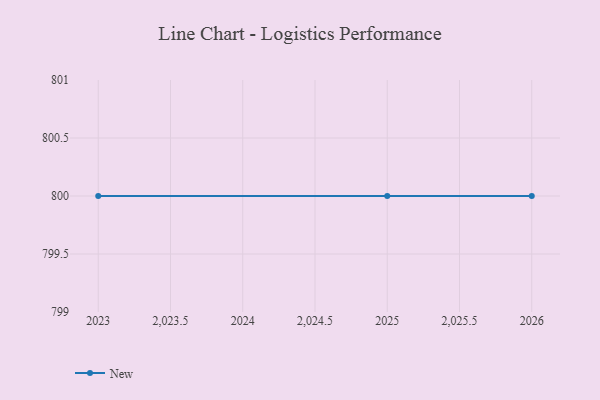
{"axis": {"x": "Year", "y": "Shipments"}, "legend": ["New"], "data": [{"x": "2025", "y": 800, "type": "New"}, {"x": "2026", "y": 800, "type": "New"}, {"x": "2023", "y": 800, "type": "New"}]}